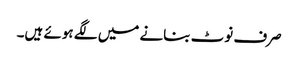
صرف نوٹ بنانے میں لگے ہوئے ہیں۔